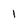
Character: 1